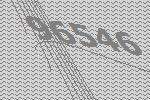
96546